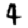
Digit: 4